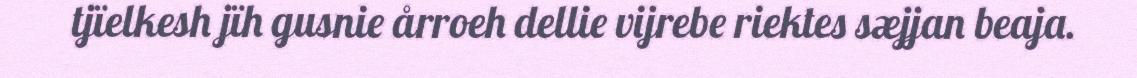
tjïelkesh jïh gusnie årroeh dellie vijrebe riektes sæjjan beaja.